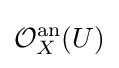
{\mathcal {O}}_{X}^{\mathrm {an} }(U)